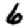
Digit: 6